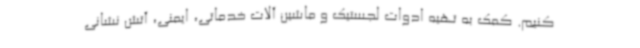
کنیم. کمک به تهیه ادوات لجستیک و ماشین آلات خدماتی، ایمنی، آتش نشانی